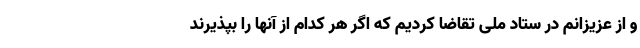
و از عزیزانم در ستاد ملی تقاضا کردیم که اگر هر کدام از آنها را بپذیرند